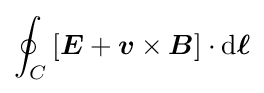
\oint _{C}\left[{\boldsymbol {E}}+{\boldsymbol {v}}\times {\boldsymbol {B}}\right]\cdot \mathrm {d} {\boldsymbol {\ell }}